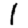
Digit: 1